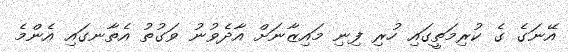
އޭނަގެ ގެ ކުރިމަތީގައި ހުރި ފިނި މައިޒާނަށް އާދެވުނު ވަގުތު އެތާނގައި އެންމެ